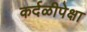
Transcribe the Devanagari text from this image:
कर्दळीपेक्षा